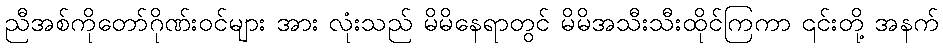
ညီအစ်ကိုတော်ဂိုဏ်းဝင်များ အား လုံးသည် မိမိနေရာတွင် မိမိအသီးသီးထိုင်ကြကာ ၎င်းတို့ အနက်